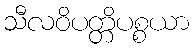
သီလဝိပတ္တိပစ္စယာ